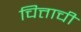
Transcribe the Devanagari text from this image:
चित्ताची